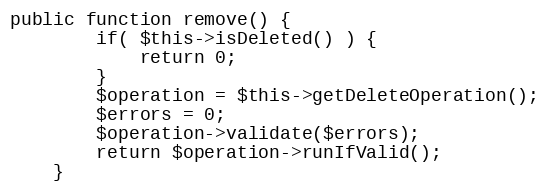
Language: PHP
public function remove() {
		if( $this->isDeleted() ) {
			return 0;
		}
		$operation = $this->getDeleteOperation();
		$errors = 0;
		$operation->validate($errors);
		return $operation->runIfValid();
	}